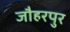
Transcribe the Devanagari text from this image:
जौहरपुर